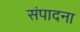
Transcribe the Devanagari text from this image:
संपादना